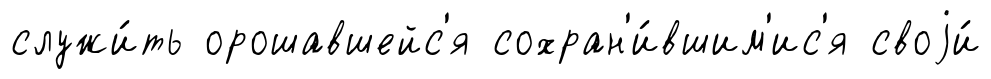
служи́ть орошавшейс'я сохран'и́вшим'ис'я своjи́